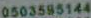
0503595144